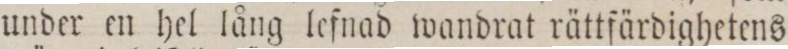
under en hel lång lefnad wandrat rättfärdighetens